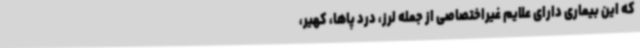
که این بیماری دارای علایم غیراختصاصی از جمله لرز، درد پاها، کهیر،